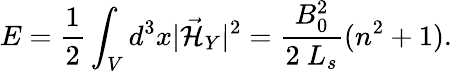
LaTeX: E=\frac{1}{2}\int_{V}d^{3}x|\vec{{\cal H}}_{Y}|^{2}=\frac{B_{0}^{2}}{2~L_{s}}(n^{2}+1).